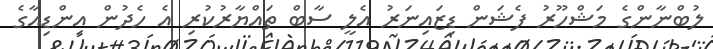
ލުބްނާންގެ މަޝްހޫރު ފެޝަން ޑިޒައިނަރު އެލީ ސާބް ތައްޔާރުކުރި އެ ހެދުން އިންޑިއާގެ